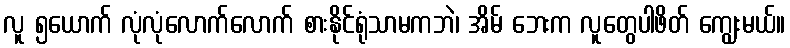
လူ ၅ယောက် လုံလုံလောက်လောက် စားနိုင်ရုံသာမကဘဲ၊ အိမ် ဘေးက လူတွေပါဖိတ် ကျွေးမယ်။